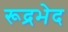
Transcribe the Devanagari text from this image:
रूद्रभेद